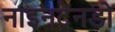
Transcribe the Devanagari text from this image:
नाइनटेनडो